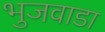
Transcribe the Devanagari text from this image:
भुजवाडा